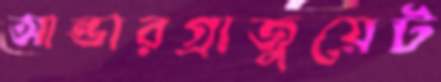
আন্ডারগ্রাজুয়েট